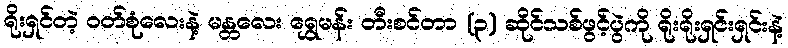
ရိုးရှင်တဲ့ ဝတ်စုံလေးနဲ့ မန္တလေး ရွှေမန်း တီးစင်တာ (၃) ဆိုင်သစ်ဖွင့်ပွဲကို ရိုးရိုးရှင်းရှင်းနဲ့